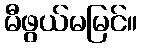
မီဖွယ်မမြင်။